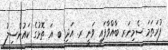
ފުރަތަމަ ސެމިނަރ ބާއްވާފައި ވަނީ ރ. އަދި ބ. އަ ތޮޅުގެ ކައުންސިލު